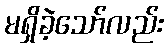
မရှိခဲ့သော်လည်း